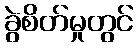
ခွဲစိတ်မှုတွင်